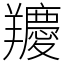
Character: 羻